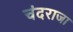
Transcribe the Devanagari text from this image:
चंदराजा